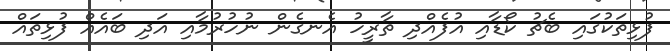
ފުޅިތަކުގައި ބެޗު ކޯޑާއި އުފެއްދި ތާރީހު އެނގެން ނުހުރުމާއި އަދި ބައެއް ފުޅިތައް